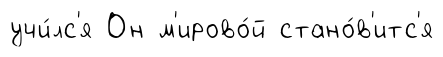
учи́лс'я Он м'ирово́й стано́в'итс'я